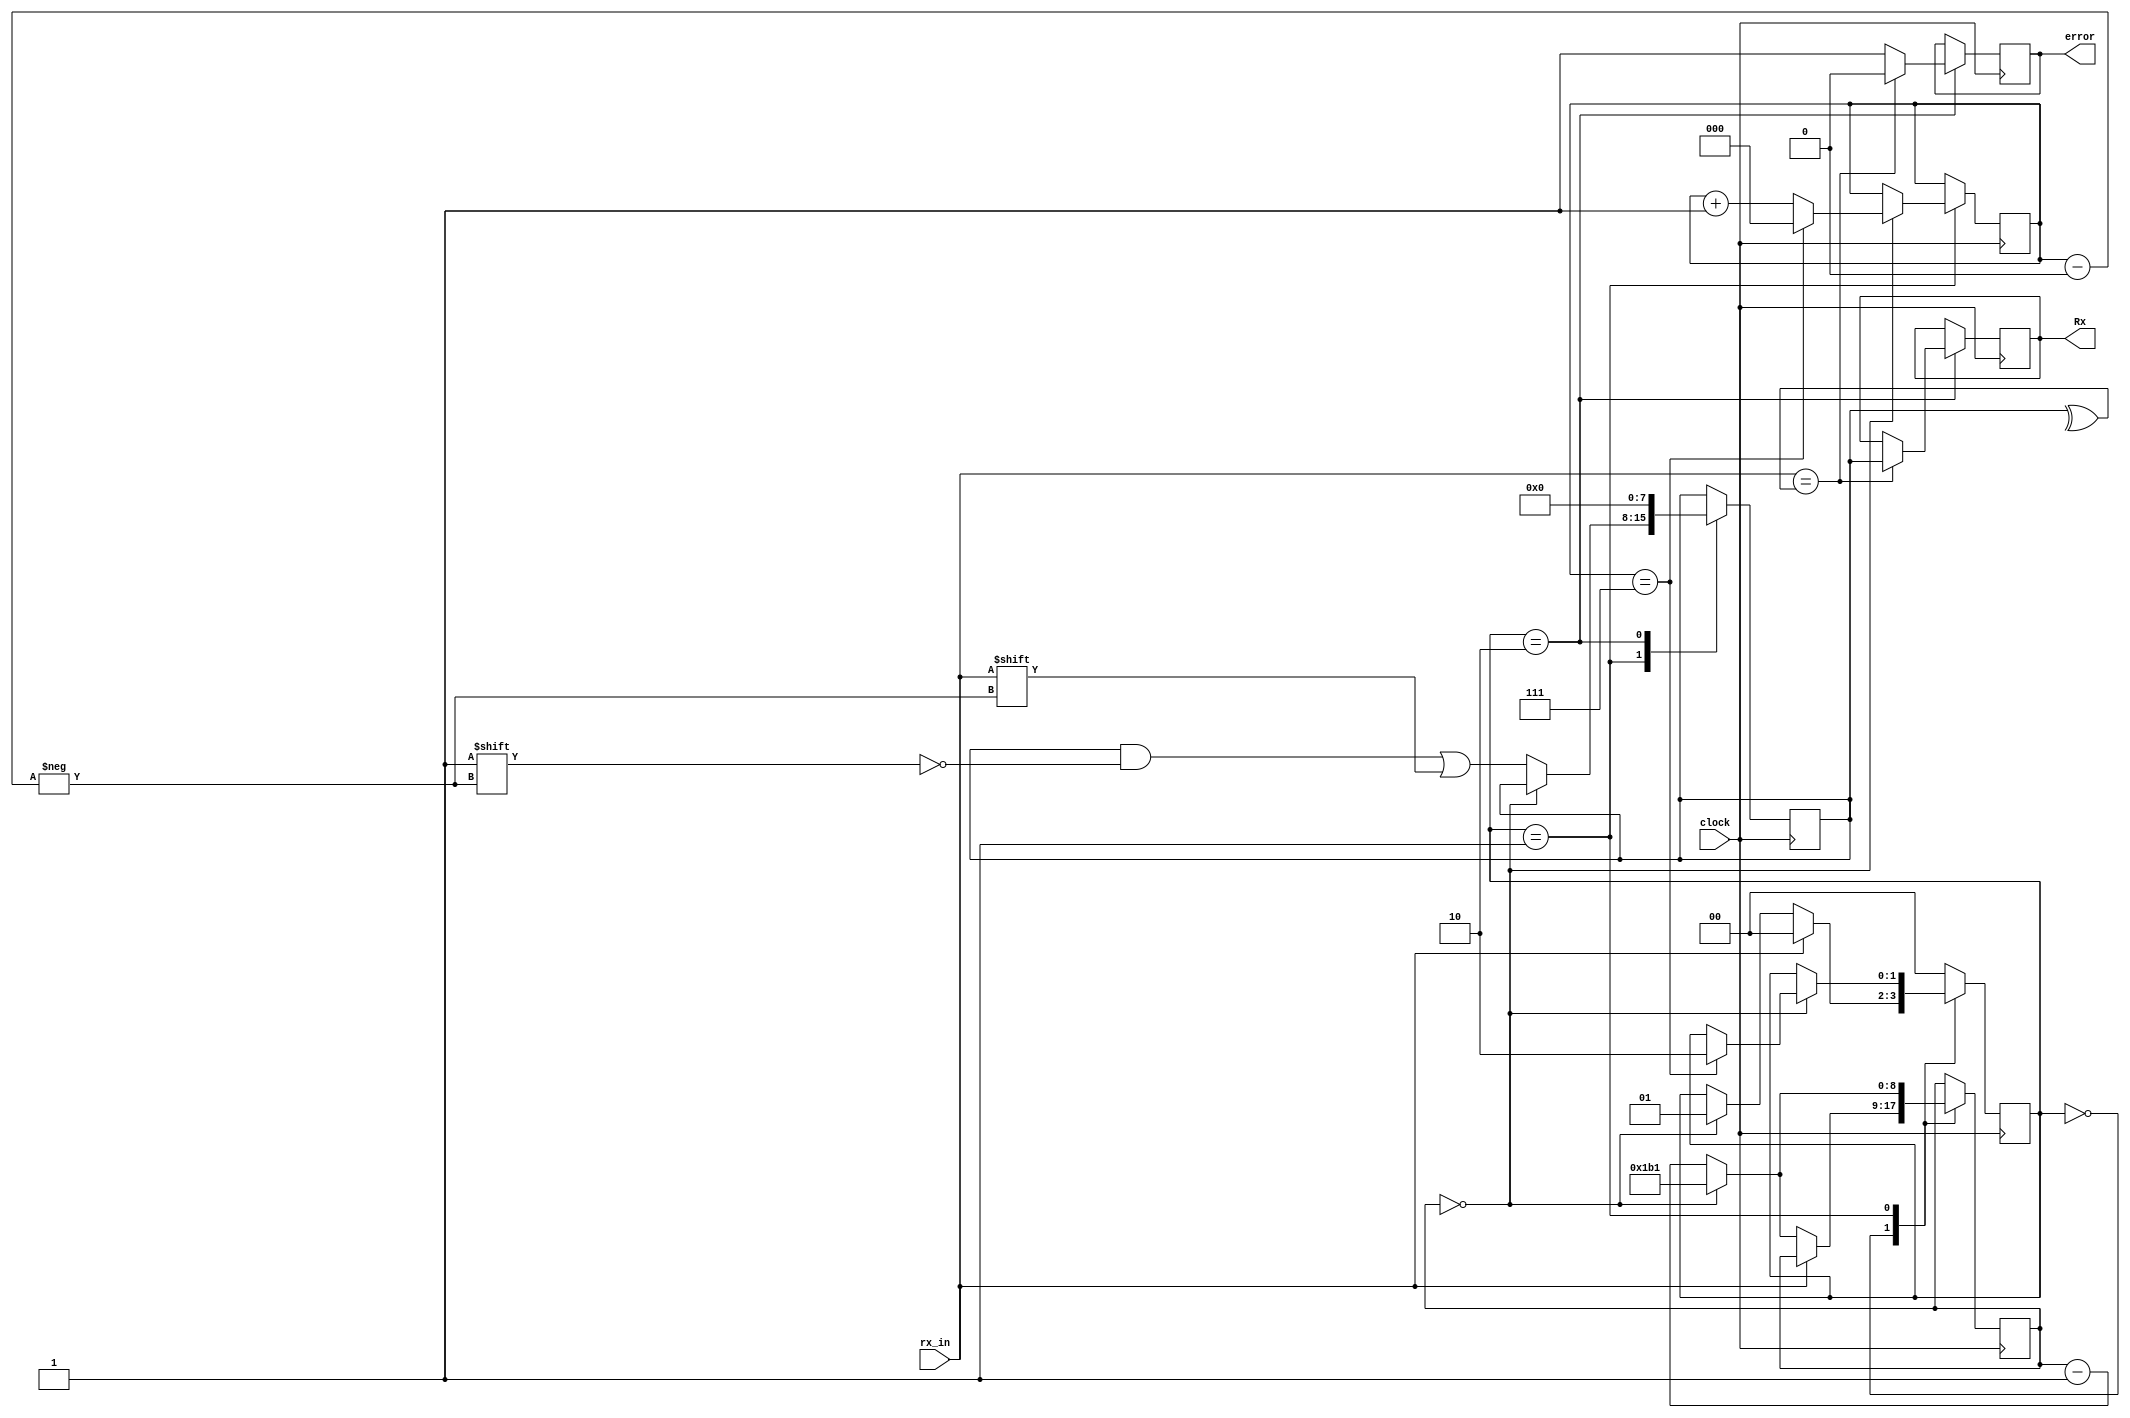
`timescale 10ns / 1ps
//////////////////////////////////////////////////////////////////////////////////
// Company: 
// Engineer: 
// 
// Design Name: 
// Module Name:    rx 
// Project Name: 
// Target Devices: 
// Tool versions: 
// Description: the receiver implementation 
//
// Dependencies: 
//
// Revision: 
// Revision 0.01 - File Created
// Additional Comments: 
//
//////////////////////////////////////////////////////////////////////////////////
module rx(input clock , input rx_in, output reg error, output reg [7:0]Rx );

		parameter Idle_state = 2'b00;		//defining the states for the FSM
		parameter Data_state = 2'b01;
		parameter Parity_state=2'b10;
		
		reg [1:0]state = Idle_state;
		reg [2:0]counter=3'b000;
		reg [7:0]data_received=8'b00000000;
		reg [8:0] clk_per_bit_counter = 9'd433;   //clock is 50 MHz and baudrate is 115200 bps. 
												  //50MHz/ 115200bps = 434 clks/bit	
		
		always@(posedge clock)
		begin
			case(state)
				Idle_state:				//we stay here untill the rx_in gets the start bit '0' for 434 clock cycles
				begin
						if(rx_in == 1'b0) 						// if we have the start bit we will start the counter
						begin
							clk_per_bit_counter<= clk_per_bit_counter-1'b1;
							if(clk_per_bit_counter == 0)		//if the counter reaches 0 then we have to go to the data state.
							begin
								clk_per_bit_counter <=9'd433;
								state<=Data_state;	
							end
						end
						else state<= Idle_state;
						
				end
				
				Data_state:			//receiving the 8-bit data
				begin
						clk_per_bit_counter<= clk_per_bit_counter-1'b1;
						if(clk_per_bit_counter == 0)
						begin
							clk_per_bit_counter <=9'd433;
							counter <= counter + 3'b001;		//counter to count the number of bits received.
							if(counter == 3'b111) 	
							begin 
								state<=Parity_state;	//if we received the 8-bits, we enter the next state to calculate the parity bit
								counter<= 3'b000;
							end
						end
						else 
						begin
							data_received[counter] <= rx_in;	//receiving the data and saving it in a register
						end
						
				end
				
				Parity_state:		//calculating even parity
				begin
							if(rx_in == ^data_received)
							begin	
								error<=1'b0;			
								Rx<= data_received;		//if there's no error, the data is passed to the RX output register
							end
							else 
							begin
								error <=1'b1;	// if there's an error, the error signal will become high and no data will be in the output register
							end
							state<= Idle_state;
							data_received<=8'b00000000;		//clearing the register to receive another packet
						end
				default: 
					begin 
					state<=Idle_state;
					end
			endcase
		end
		//////////////////////////////////////////
		



endmodule